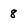
Character: 8